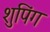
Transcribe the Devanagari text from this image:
शुपिंग